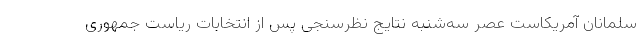
سلمانان آمریکاست عصر سه‌شنبه نتایج نظرسنجی پس از انتخابات ریاست جمهوری